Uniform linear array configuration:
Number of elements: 8
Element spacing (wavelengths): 1
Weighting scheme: exponential
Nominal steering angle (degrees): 0
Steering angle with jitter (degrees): -1.264
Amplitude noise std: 0.05
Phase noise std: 0.05

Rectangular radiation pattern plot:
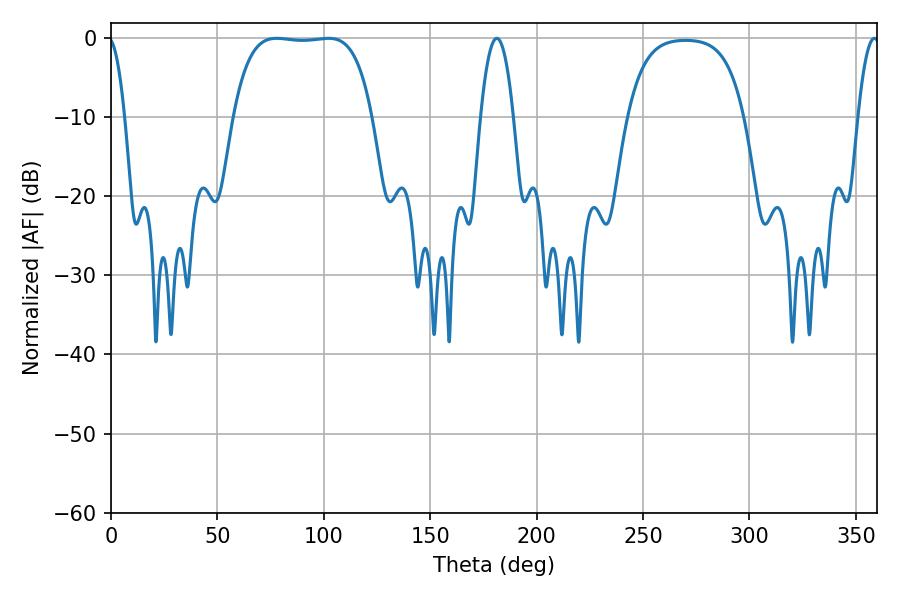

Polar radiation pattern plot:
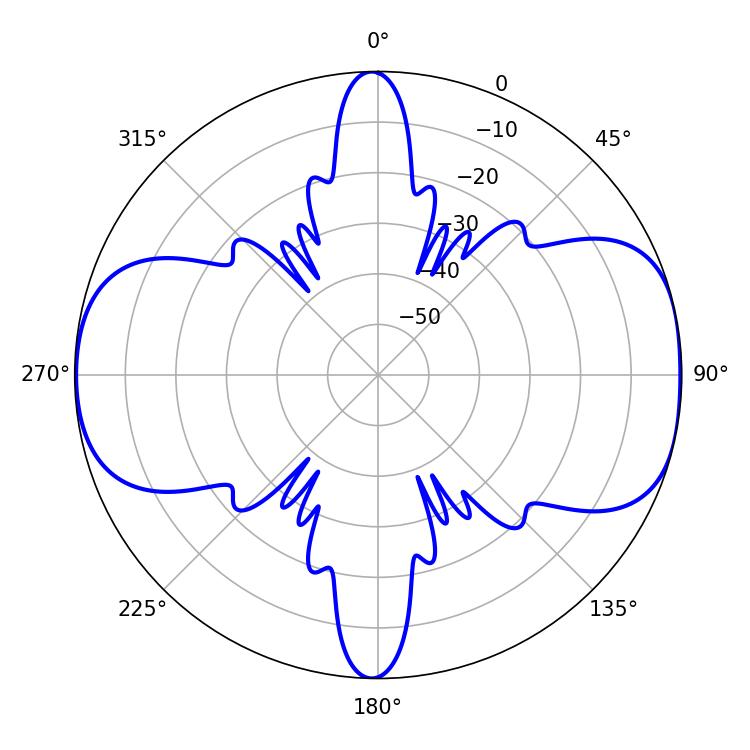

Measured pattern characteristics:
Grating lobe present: TRUE
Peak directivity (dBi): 9.33
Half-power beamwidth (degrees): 51.12
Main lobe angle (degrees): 77.76